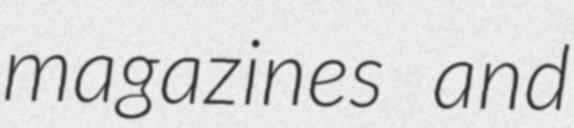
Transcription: magazines and